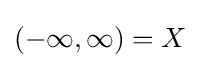
(-\infty ,\infty )=X